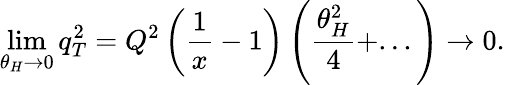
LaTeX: \operatorname*{lim}_{\theta_{H}\rightarrow 0}q_{T}^{2}=Q^{2}\left(\frac{1}{x}-1\right)\left(\frac{\theta_{H}^{2}}{4}+...\right)\rightarrow 0.